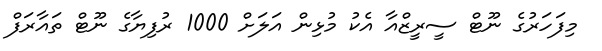
މިފަހަރުގެ ނޫޓް ސީރީޒްއާ އެކު މުޅިން އަލަށް 1000 ރުފިޔާގެ ނޫޓް ތައާރަފް